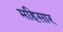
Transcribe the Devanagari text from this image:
महिसार